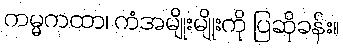
ကမ္မကထာ၊ ကံအမျိုးမျိုးကို ပြဆိုခန်း။